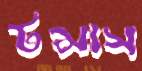
টমাস